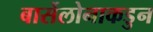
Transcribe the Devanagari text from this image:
बार्सेलोनाकडुन